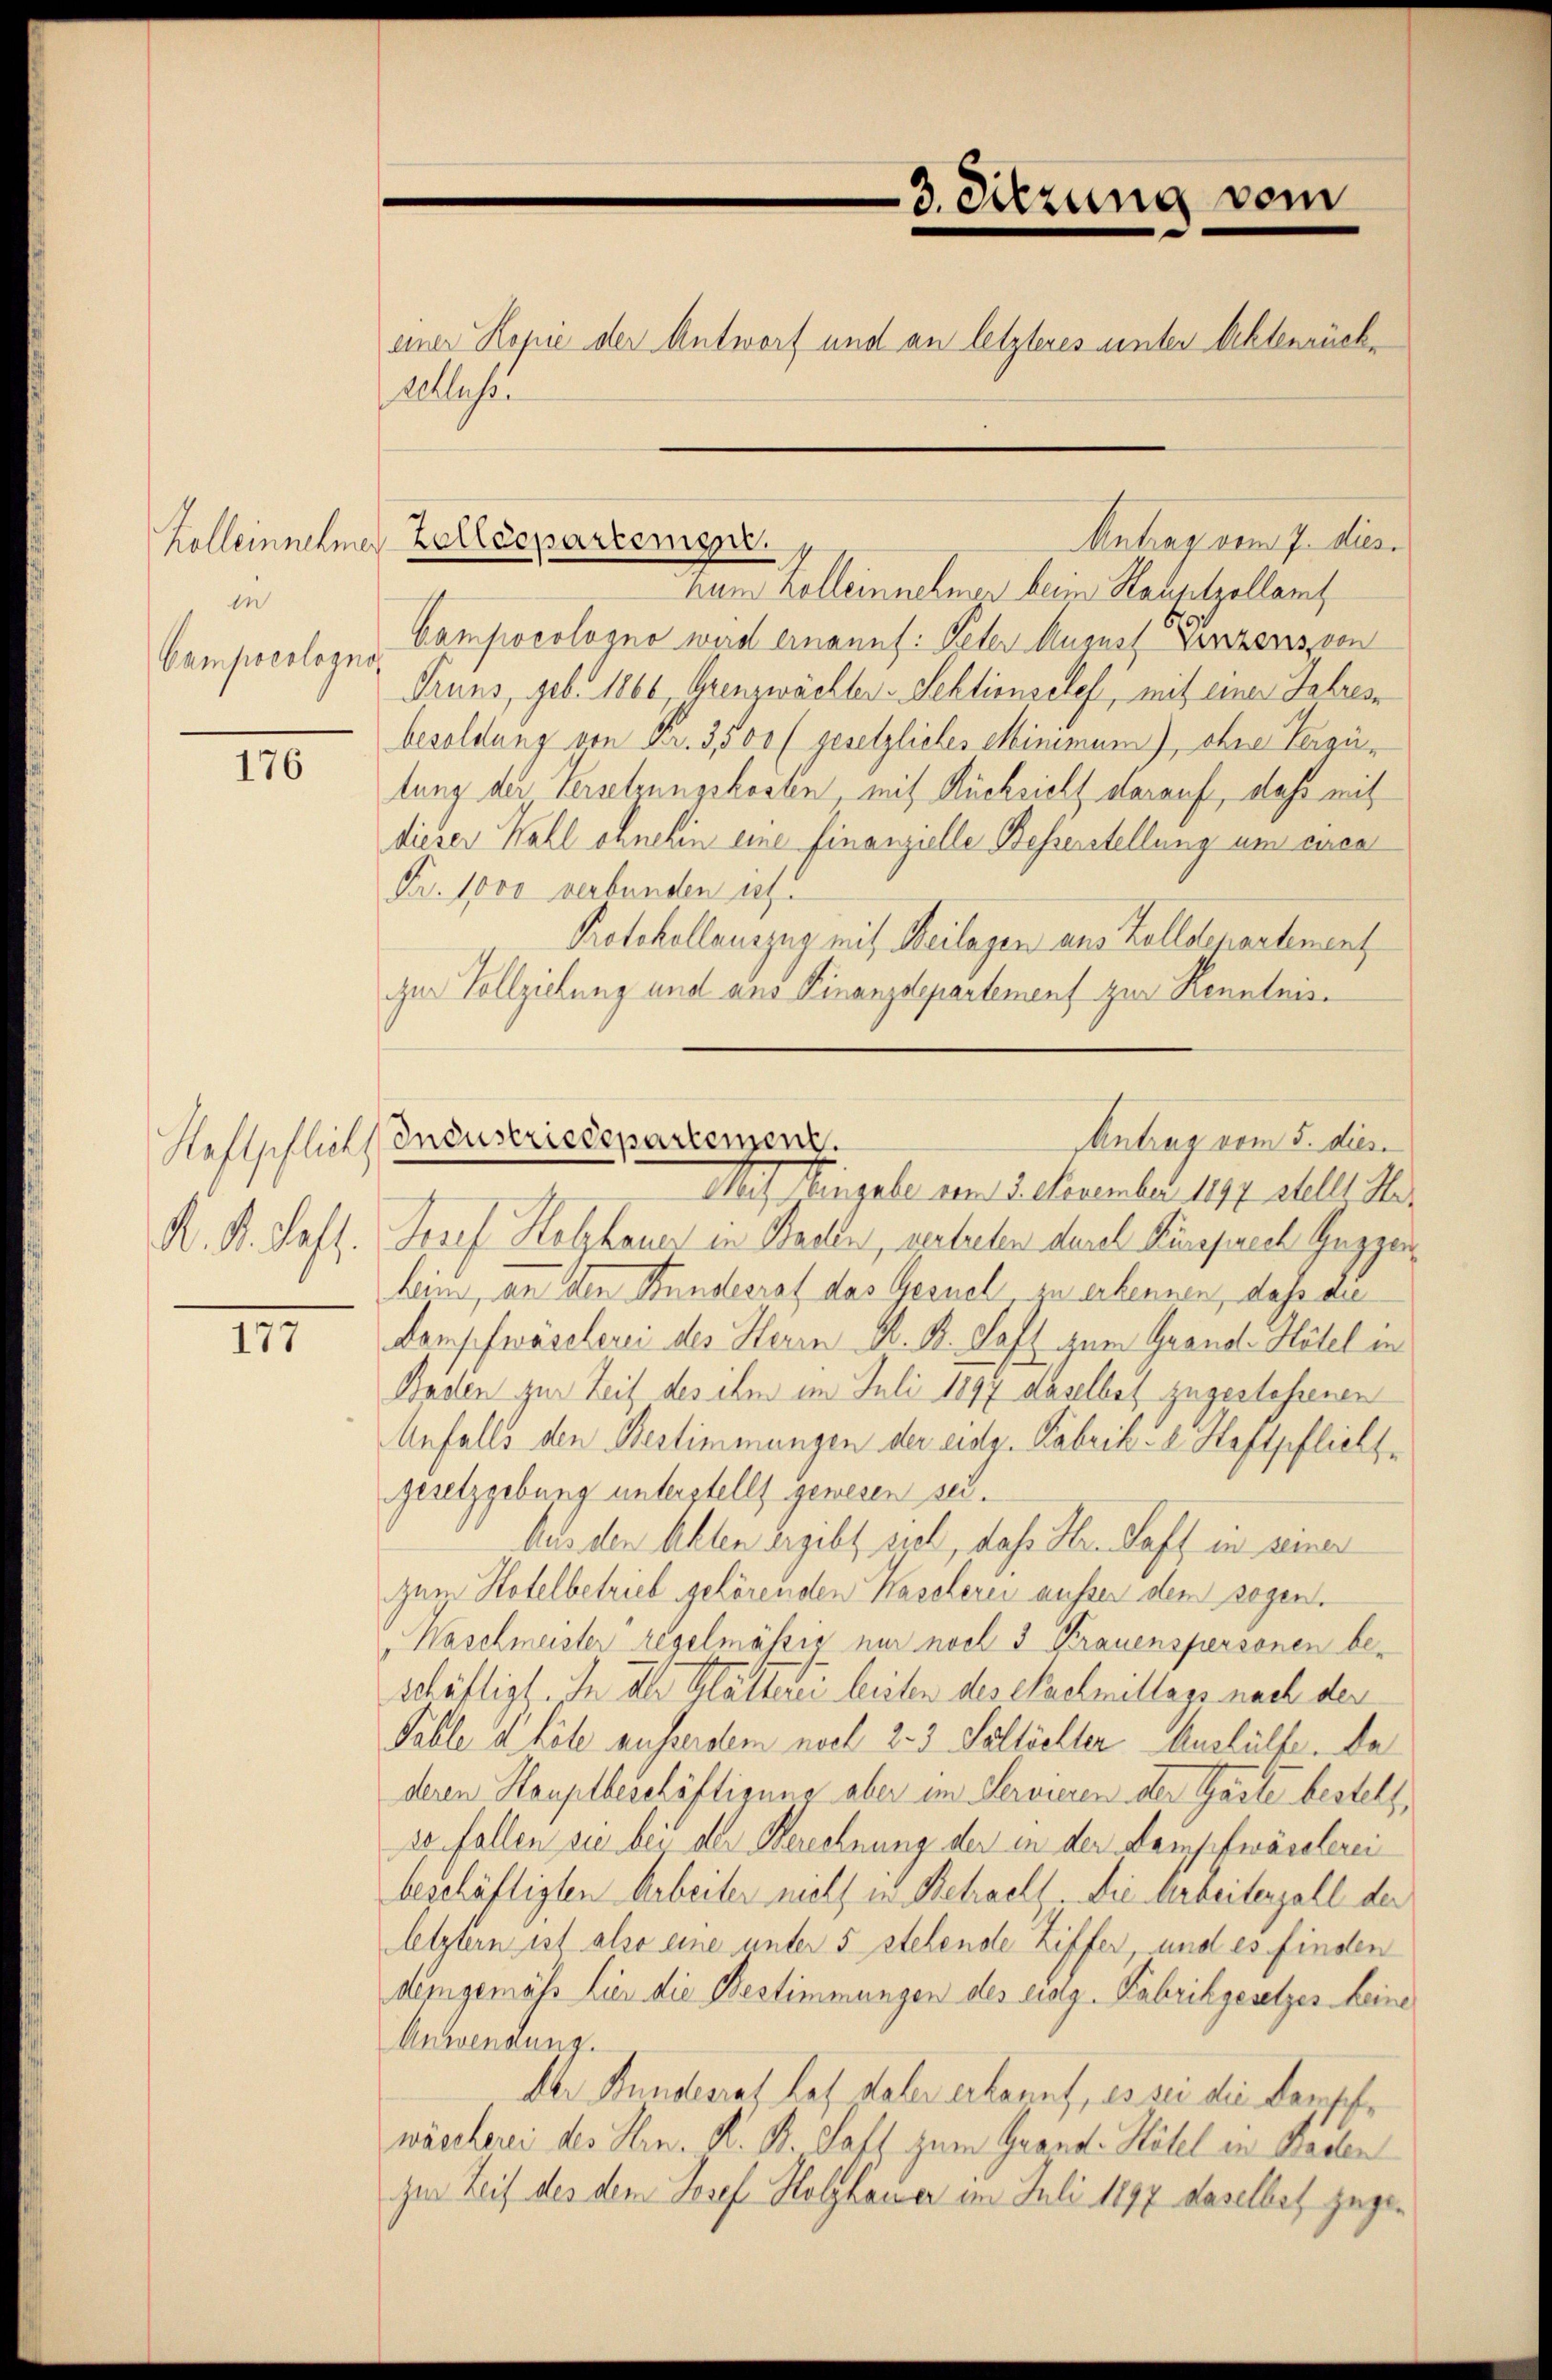
Kolleinnehmer
in
Campoeologno

176

K. K. Saft.

177

3. Sitzung vom
einer Kopie der Antworf und an letzteres unter Achtenrückvalles

ham Kolleinnehmen beim Hauptzollamt
Campocologno wird ernannt: Peter August Verzens, von
Pruns, geb. 1866 Grenzwächter-Sektionscles, mit eines Jahres
besoldung von Fr. 3500 (gesetzliches Minimum), ohne Vergütung der Versetzungskosten mit Rücksicht darauf, dass mit
dieser Wahl ohnehin eine finanzielle Bessenstellung um einen
Fr. 1000 verbunden ich.
Protokollauszug mit Beilagen aus Zolldepartement
zur Vollziehung und aus Finanzdepartement zur Renntnis¬
Mit Eingabe vom 5. November 1897 stellt Her
Josef Holzhauer in Baden, vertreten durch Fürsprech Guggenheine, an den Stunderrat das Gesuch in erkennen, daß die
Dompfwäselerei des Herrn M. B. Saft zum Grond-Hötel in
Baden zur Zeit des ihm im Juli 1897 daselbst zugestehenen
Anfalls den Bestimmungen der eidg. Fabrik- u. Haftpflichtgesetzgebung unterstellt gewesen sei.
Aus den Akten ergibt sich, daß Hr. Hoff in seiner
zum Hotelbetrieb gehörenden Kascherei ausser dem gegen¬
Waschmeister regelmässig nur noch 3 Krauenspersonen be-
schäftigt. In der Glätterei beiten des Nachmittass nach der
Palle d. höhe ausserdem noch 2-3 Sallieller Aushülfe. Da
deren Hauptbeschäftigung aber im Servieren der Garte bestell,
s. Fallen sie bei der Berechnung der in der Leipfwärtlerei
beschäftigten Arbeiter nicht in Betracht die Arbeitenfall der
letztern ist also eine unter 5 stehende Ziffer und es finden
demgemäss Lier die Bestimmungen des eing. Fabrikgesetzes eine
Anwendung.
der Bundesrat hat daher erkannt, es sei die Kampfwäscherei des Hrn. K. B. Saff zum Grand- Hösel in Baden
zur Zeit des dem Josef Holzhauer im Juli 1897 daselbes zuge¬

Zolldepartem

Antrag vom 7. dies

Antrag vom 5. dies
Rellschlich Industrictspartement.